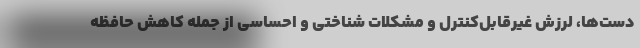
دست‌ها، لرزش غیرقابل‌کنترل و مشکلات شناختی و احساسی از جمله کاهش حافظه